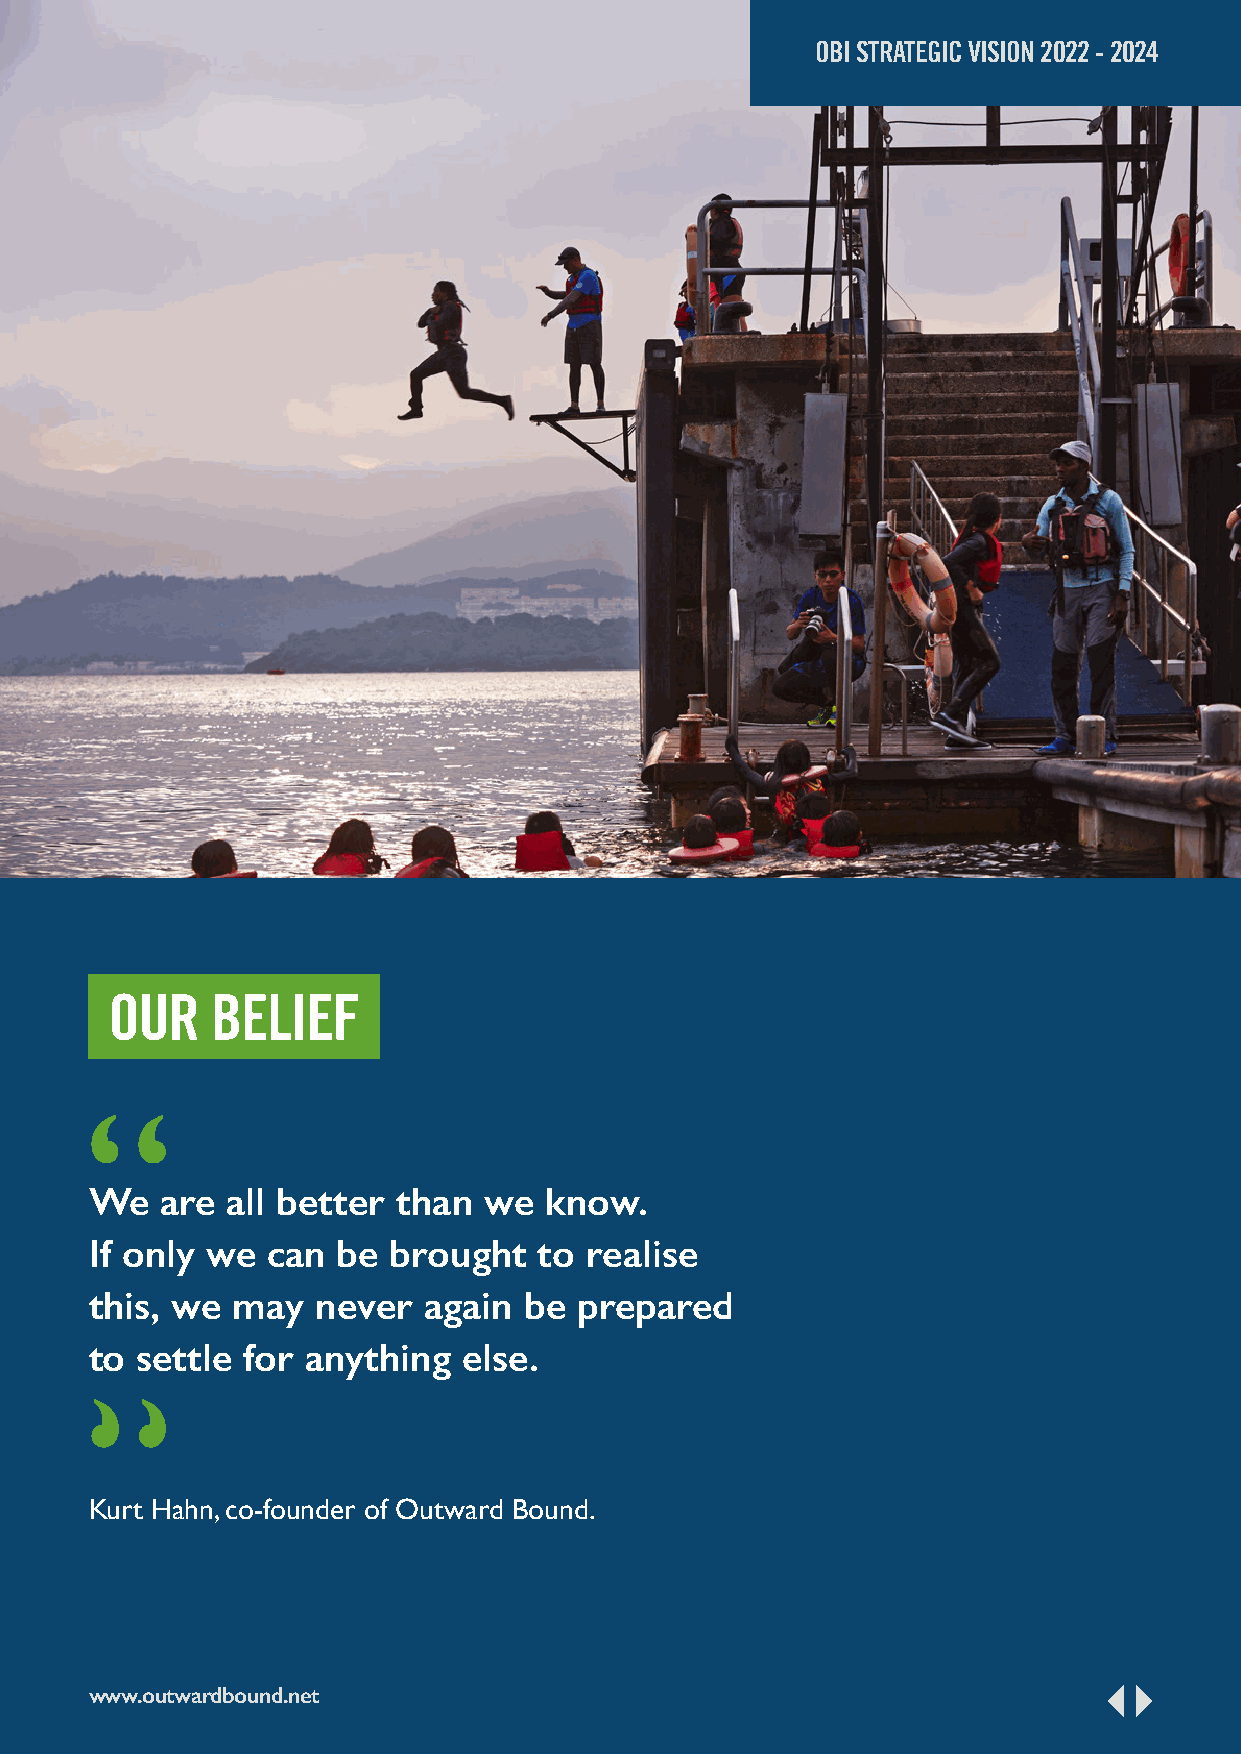
OBI STRATEGIC VISION 2022 - 2024
 OUR    BELIEF
 We   are all better than  we  know.
 If only we  can be  brought   to realise
 this, we may   never  again  be prepared
 to settle for anything   else.
 Kurt Hahn, co-founder of Outward Bound.
 www.outwardbound.net